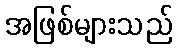
အဖြစ်များသည်